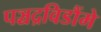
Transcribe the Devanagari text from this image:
पञ्चद्रविडौंमे